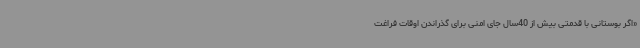
«اگر بوستانی با قدمتی بیش از 40‌سال جای امنی برای گذراندن اوقات فراغت